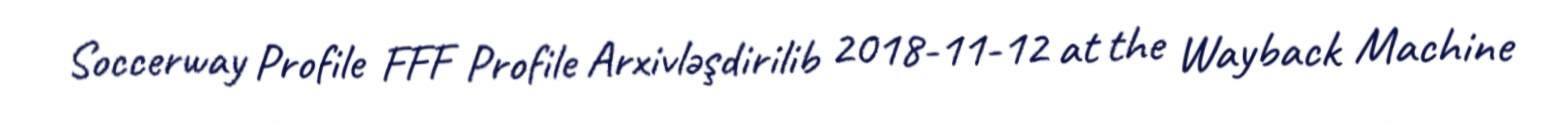
Soccerway Profile FFF Profile Arxivləşdirilib 2018-11-12 at the Wayback Machine